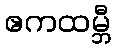
ဧကထမ္ဘီ